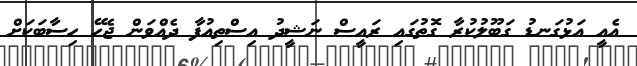
އެއީ އަޅުގަނޑު ގަބޫލުކުރާ ގޮތުގައި ރައީސް ނަޝީދު އިސްތިއުފާ ދެއްވަން ޖެހޭ ހިސާބަކަށް